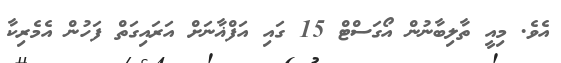
އެވެ. މިއީ ތާލިބާނުން އޯގަސްޓް 15 ގައި އަފްޣާނަށް އަރައިގަތް ފަހުން އެމެރިކާ